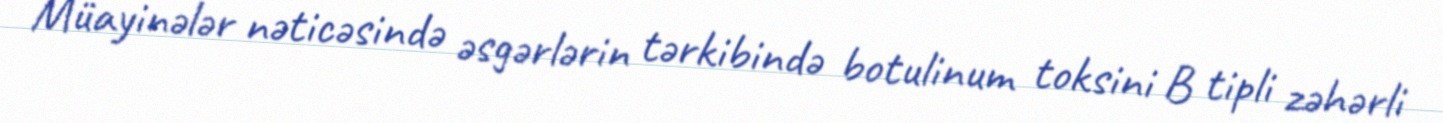
Müayinələr nəticəsində əsgərlərin tərkibində botulinum toksini B tipli zəhərli